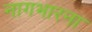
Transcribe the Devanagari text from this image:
नागभारना